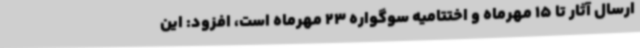
ارسال آثار تا 15 مهرماه و اختتامیه سوگواره 23 مهرماه است، افزود: این